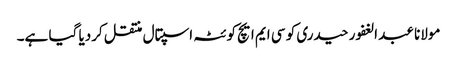
مولانا عبد الغفور حیدری کو سی ایم ایچ کوئٹہ اسپتال منتقل کردیا گیا ہے۔